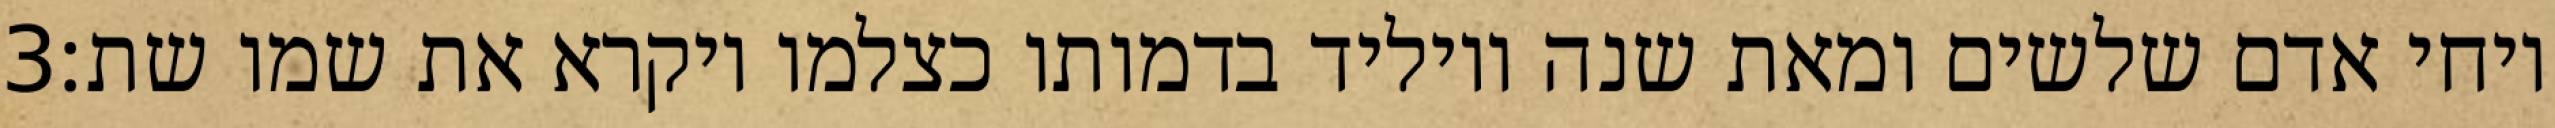
‎3‏ ויחי אדם שלשים ומאת שנה ויוליד בדמותו כצלמו ויקרא את שמו שת׃